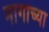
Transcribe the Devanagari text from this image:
मागाच्या